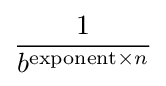
{\frac {1}{b^{{\text{exponent}}\times n}}}